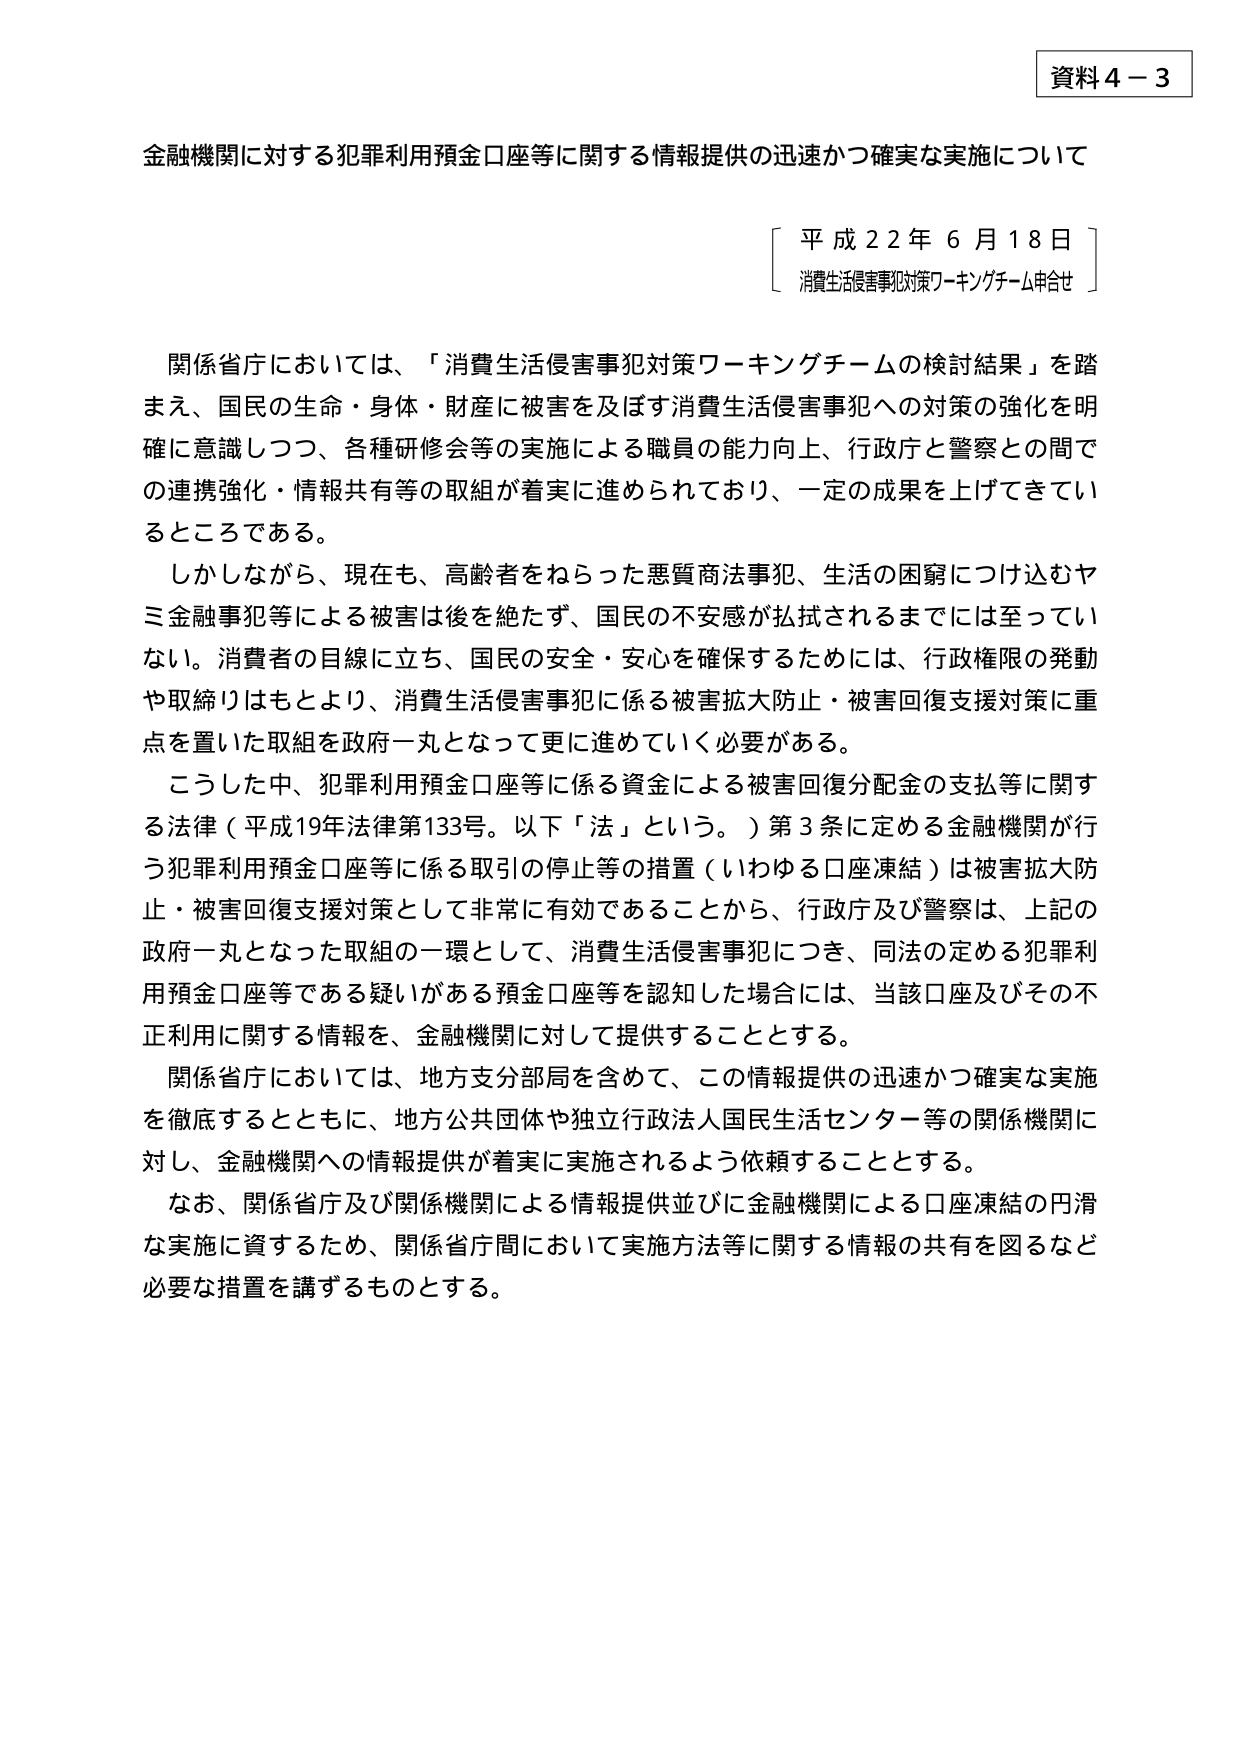
資料４－３

金融機関に対する犯罪利用預金口座等に関する情報提供の迅速かつ確実な実施について

〔 平成２２年６月１８日 〕
消費生活侵害事犯対策ワーキングチーム申合せ

関係省庁においては、「消費生活侵害事犯対策ワーキングチームの検討結果」を踏
まえ、国民の生命・身体・財産に被害を及ぼす消費生活侵害事犯への対策の強化を明
確に意識しつつ、各種研修会等の実施による職員の能力向上、行政庁と警察との間で
の連携強化・情報共有等の取組が着実に進められており、一定の成果を上げてきてい
るところである。

しかしながら、現在も、高齢者をねらった悪質商法事犯、生活の困窮につけ込むヤ
ミ金融事犯等による被害は後を絶たず、国民の不安感が払拭されるまでには至ってい
ない。消費者の目線に立ち、国民の安全・安心を確保するためには、行政権限の発動
や取締りはもとより、消費生活侵害事犯に係る被害拡大防止・被害回復支援対策に重
点を置いた取組を政府一丸となって更に進めていく必要がある。

こうした中、犯罪利用預金口座等に係る資金による被害回復分配金の支払等に関す
る法律（平成19年法律第133号。以下「法」という。）第3条に定める金融機関が行
う犯罪利用預金口座等に係る取引の停止等の措置（いわゆる口座凍結）は被害拡大防
止・被害回復支援対策として非常に有効であることから、行政庁及び警察は、上記の
政府一丸となった取組の一環として、消費生活侵害事犯につき、同法の定める犯罪利
用預金口座等である疑いがある預金口座等を認知した場合には、当該口座及びその不
正利用に関する情報を、金融機関に対して提供することとする。

関係省庁においては、地方支分部局を含めて、この情報提供の迅速かつ確実な実施
を徹底するとともに、地方公共団体や独立行政法人国民生活センター等の関係機関に
対し、金融機関への情報提供が着実に実施されるよう依頼することとする。

なお、関係省庁及び関係機関による情報提供並びに金融機関による口座凍結の円滑
な実施に資するため、関係省庁間において実施方法等に関する情報の共有を図るなど
必要な措置を講ずるものとする。